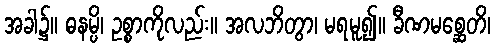
အခါ၌။ ဓနမ္ပိ၊ ဥစ္စာကိုလည်း။ အလဘိတွာ၊ မရမူ၍။ ခီဏမစ္ဆေတိ၊